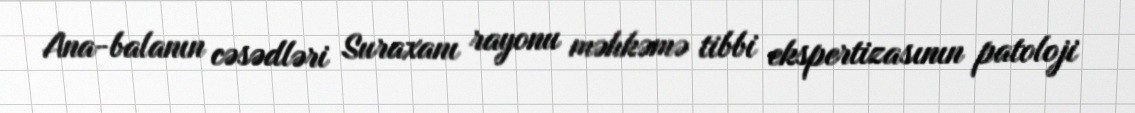
Ana-balanın cəsədləri Suraxanı rayonu məhkəmə tibbi ekspertizasının patoloji